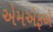
એમએફએ